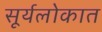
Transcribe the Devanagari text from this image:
सूर्यलोकात